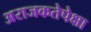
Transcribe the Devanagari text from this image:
अराजकतेपेक्षा